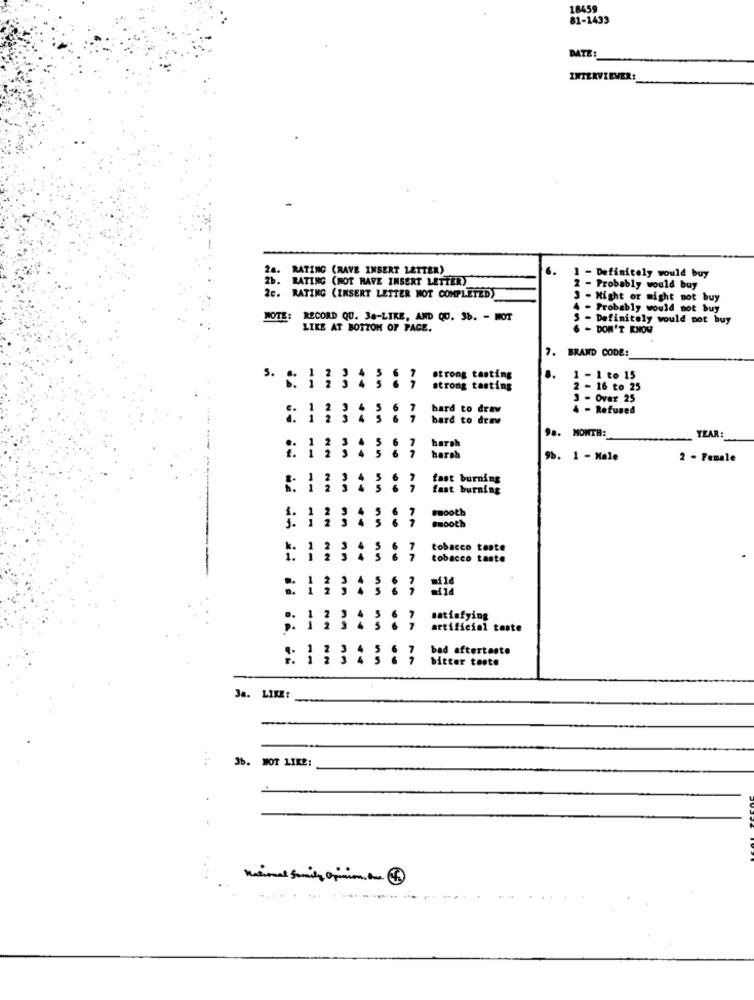
18459
81-1433
DATE
INTERVIEWER:
28.
RATING (RAVE INSERT LETTER)
6.
- Definitely would buy
2b.
RATING (NOT RAVE INSERT LETTER)
2 - Probably would buy
2c. RATING (INSERT LETTER MOT COMPLETED)
3 - Might or might not buy
- Probably would not buy
NOTE:
RECORD QU. 38-LIKE, AND QU. 3b. - MOT
S - Definitely would pot buy
LIKE AT BOTTOM OF PAGE.
6 - DON'T KNOW
7.
BRAND CODE:
strong tasting
..
1 - 1 to 15
strong tasting
2 - 16 to 25
3 - Over 25
hard to draw
4 - Refused
hard to deav
... MONTH:
YEAR
harsh
harsh
9b. 1 - Male
2 - Female
fast burning
fast burning
tooth
Smooth
tobacco tante
tobacco taste
satisfying
artificial taste
bad aftertaste
bitter toote
3a. LIKE:
36. MOT LIKE:
-
.....--------